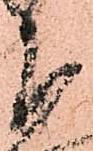
下